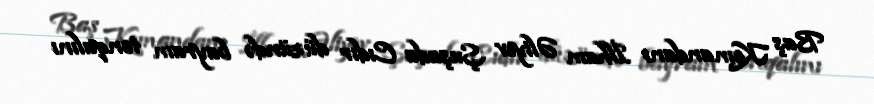
Baş Komandanı İlham Əliyev Şuşada Cıdır düzündə bayram tonqalını